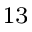
^ { 1 3 }